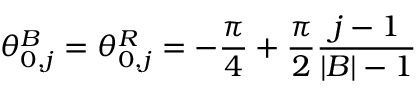
\theta _ { 0 , j } ^ { B } = \theta _ { 0 , j } ^ { R } = - \frac { \pi } { 4 } + \frac { \pi } { 2 } \frac { j - 1 } { | { \cal B } | - 1 }